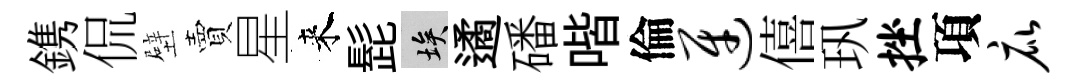
鎸侃壁賣星来髭埃遹磻喈倫迓僖㺬挫項庇